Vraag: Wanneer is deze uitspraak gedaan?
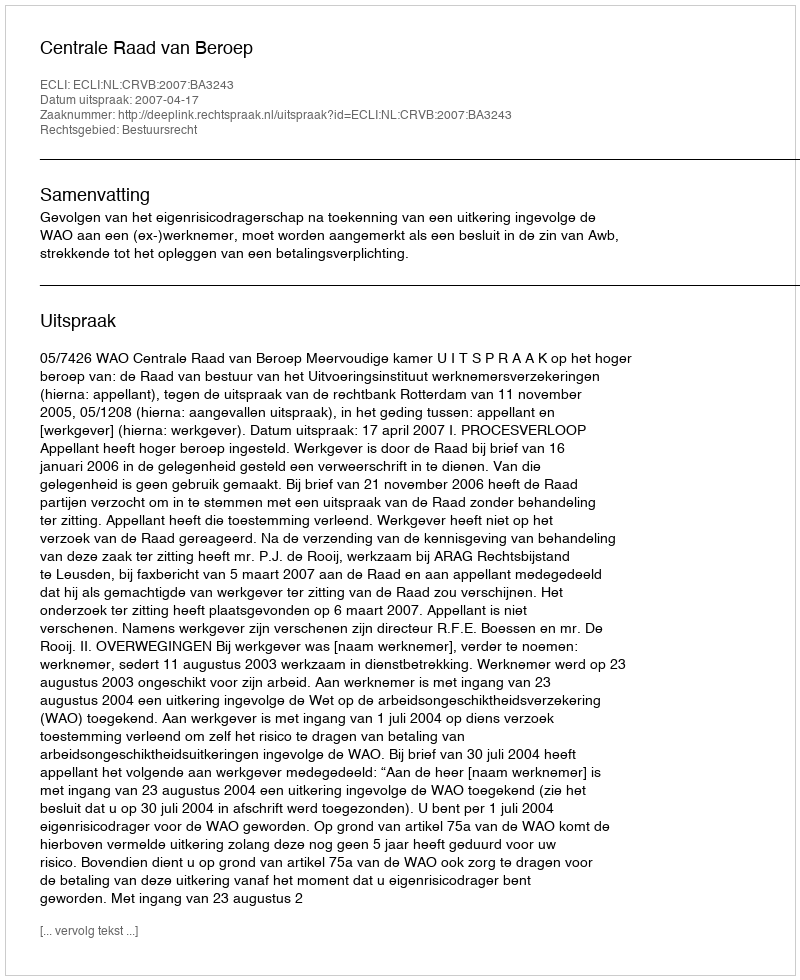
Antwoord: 2007-04-17